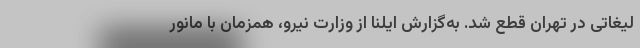
لیغاتی در تهران قطع شد. به‌گزارش ایلنا از وزارت نیرو، همزمان با مانور